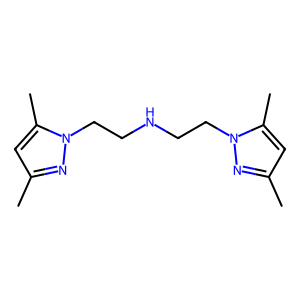
SMILES: Cc1cc(C)n(CCNCCn2nc(C)cc2C)n1
Inhibits HIV replication: No